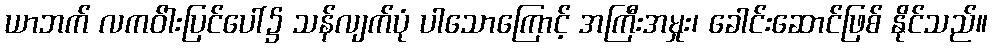
ယာဘက် လကဝ်ါးပြင်ပေါ်၌ သန်လျက်ပုံ ပါသောကြောင့် အကြီးအမှုး၊ ခေါင်းဆောင်ဖြစ် နိုင်သည်။